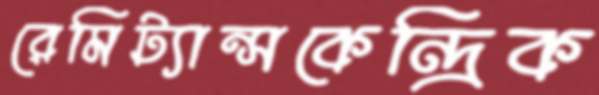
রেমিট্যান্সকেন্দ্রিক